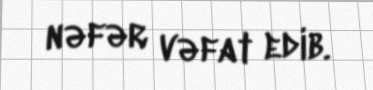
nəfər vəfat edib.